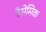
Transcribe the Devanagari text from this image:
रैसेमिक